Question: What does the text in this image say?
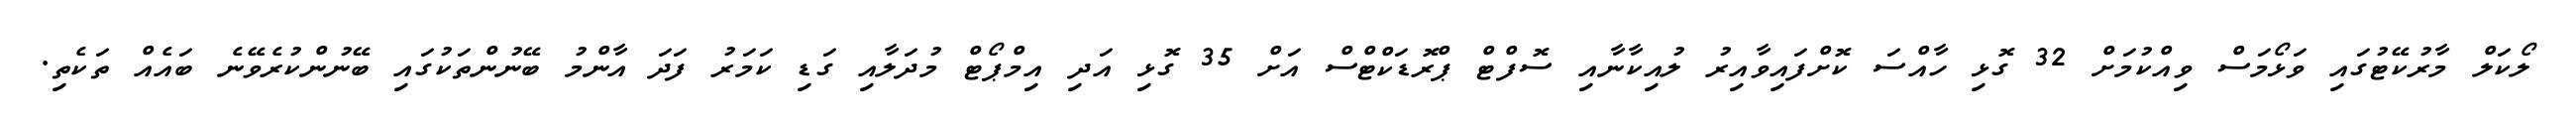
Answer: ލޯކަލް މާރުކޭޓުގައި ވަޅޯމަސް ވިއްކުމަށް 32 ގޮޅި ހާއްސަ ކޮށްފައިވާއިރު ލުއިކާނާއި ސޮފްޓް ޕްރޮޑަކްޓްސް އަށް 35 ގޮޅި އަދި އިމްޕޯޓް މުދަލާއި ގަޑި ކަމަރު ފަދަ އާންމު ބޭނުންތަކުގައި ބޭނުންކުރެވޭނެ ބައެއް ތަކެތި.